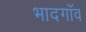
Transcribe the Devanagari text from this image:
भादगाँव